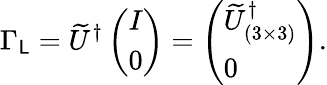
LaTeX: \Gamma_{\mathsf{L}}=\widetilde{U}^{\dagger}\left(\begin{array}{l}{{I}}\\ {{0}}\end{array}\right)=\left(\begin{array}{l}{{\widetilde U_{(3\times 3)}^{\dagger}}}\\ {{0}}\end{array}\right).